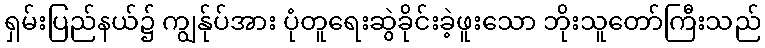
ရှမ်းပြည်နယ်၌ ကျွန်ုပ်အား ပုံတူရေးဆွဲခိုင်းခဲ့ဖူးသော ဘိုးသူတော်ကြီးသည်